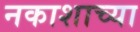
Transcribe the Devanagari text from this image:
नकाशाच्या